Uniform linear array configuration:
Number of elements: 4
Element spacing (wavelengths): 0.25
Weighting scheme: hamming
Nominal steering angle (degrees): -45
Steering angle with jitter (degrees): -46.941
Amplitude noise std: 0.05
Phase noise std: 0.05

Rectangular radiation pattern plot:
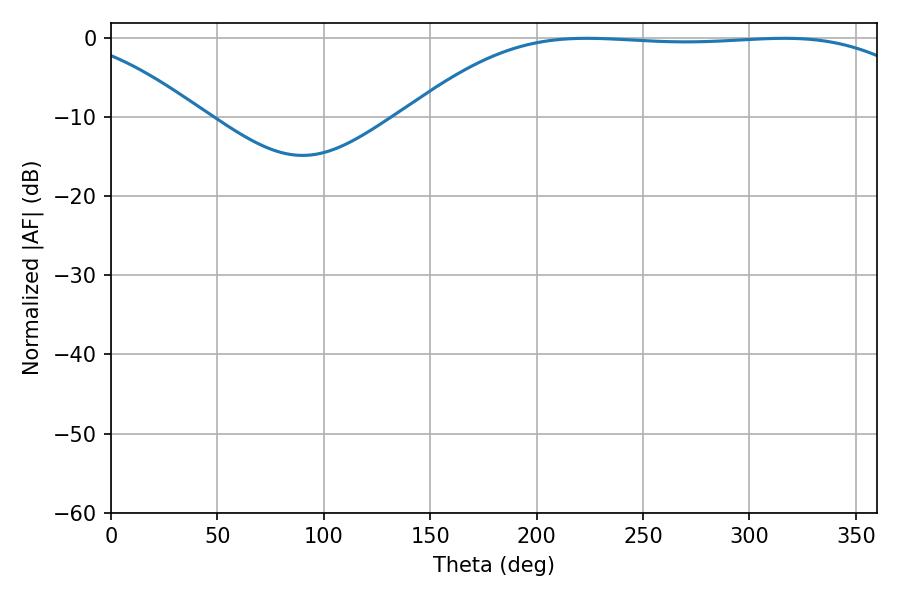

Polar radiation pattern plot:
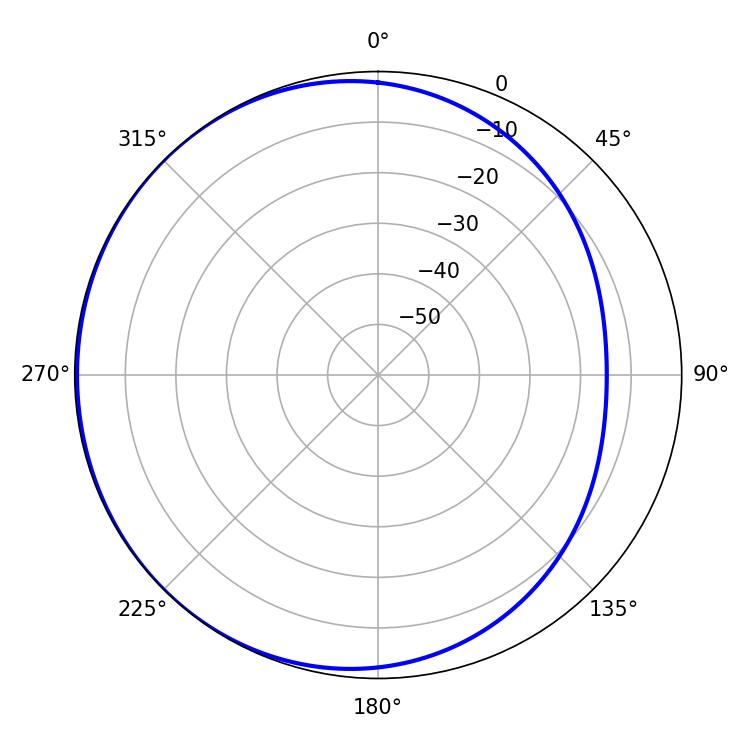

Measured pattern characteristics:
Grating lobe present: FALSE
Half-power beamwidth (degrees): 186.66
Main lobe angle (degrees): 223.56